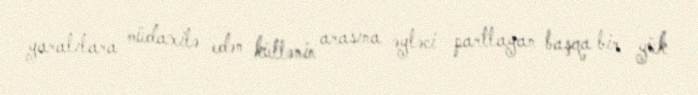
yaralılara müdaxilə edən kütlənin arasına əyləci partlayan başqa bir yük